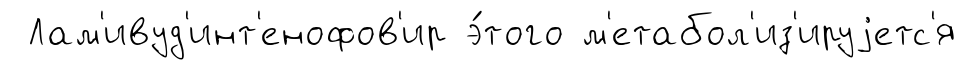
Лам'ивуд'инт'енофов'ир э́того м'етабол'из'ируjетс'я